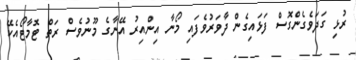
ރުޅި ގަދަވެގެންގޮސް ފަޅައިގެން ދާވަރުވެފައި މޯނާ އިންއިރު އޭނާގެ މޫނުވެސް ރަތް ޓޮމާޓޯއެކޭ